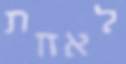
לאחת